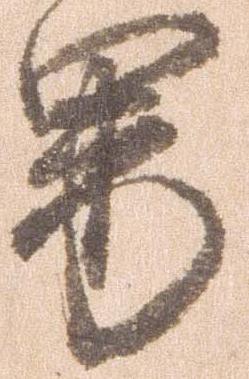
男